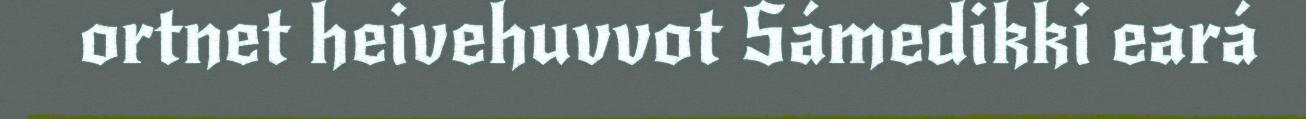
ortnet heivehuvvot Sámedikki eará